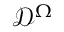
\mathcal { D } ^ { \Omega }